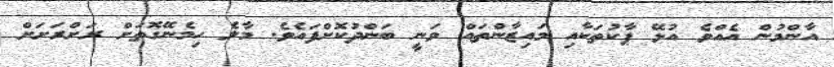
އާންމުން އެއްވެ އުޅޭ ޕާކުތަކާއި މައިޒާންތައް ވަނީ ބަންދުކޮށްފައެވެ. މާލެ ހިމެނޭގޮތަށް ރަށްރަށަށް